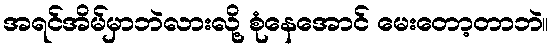
အရင်အိမ်မှာဘဲလားလို့ စုံနေအောင် မေးတော့တာဘဲ။